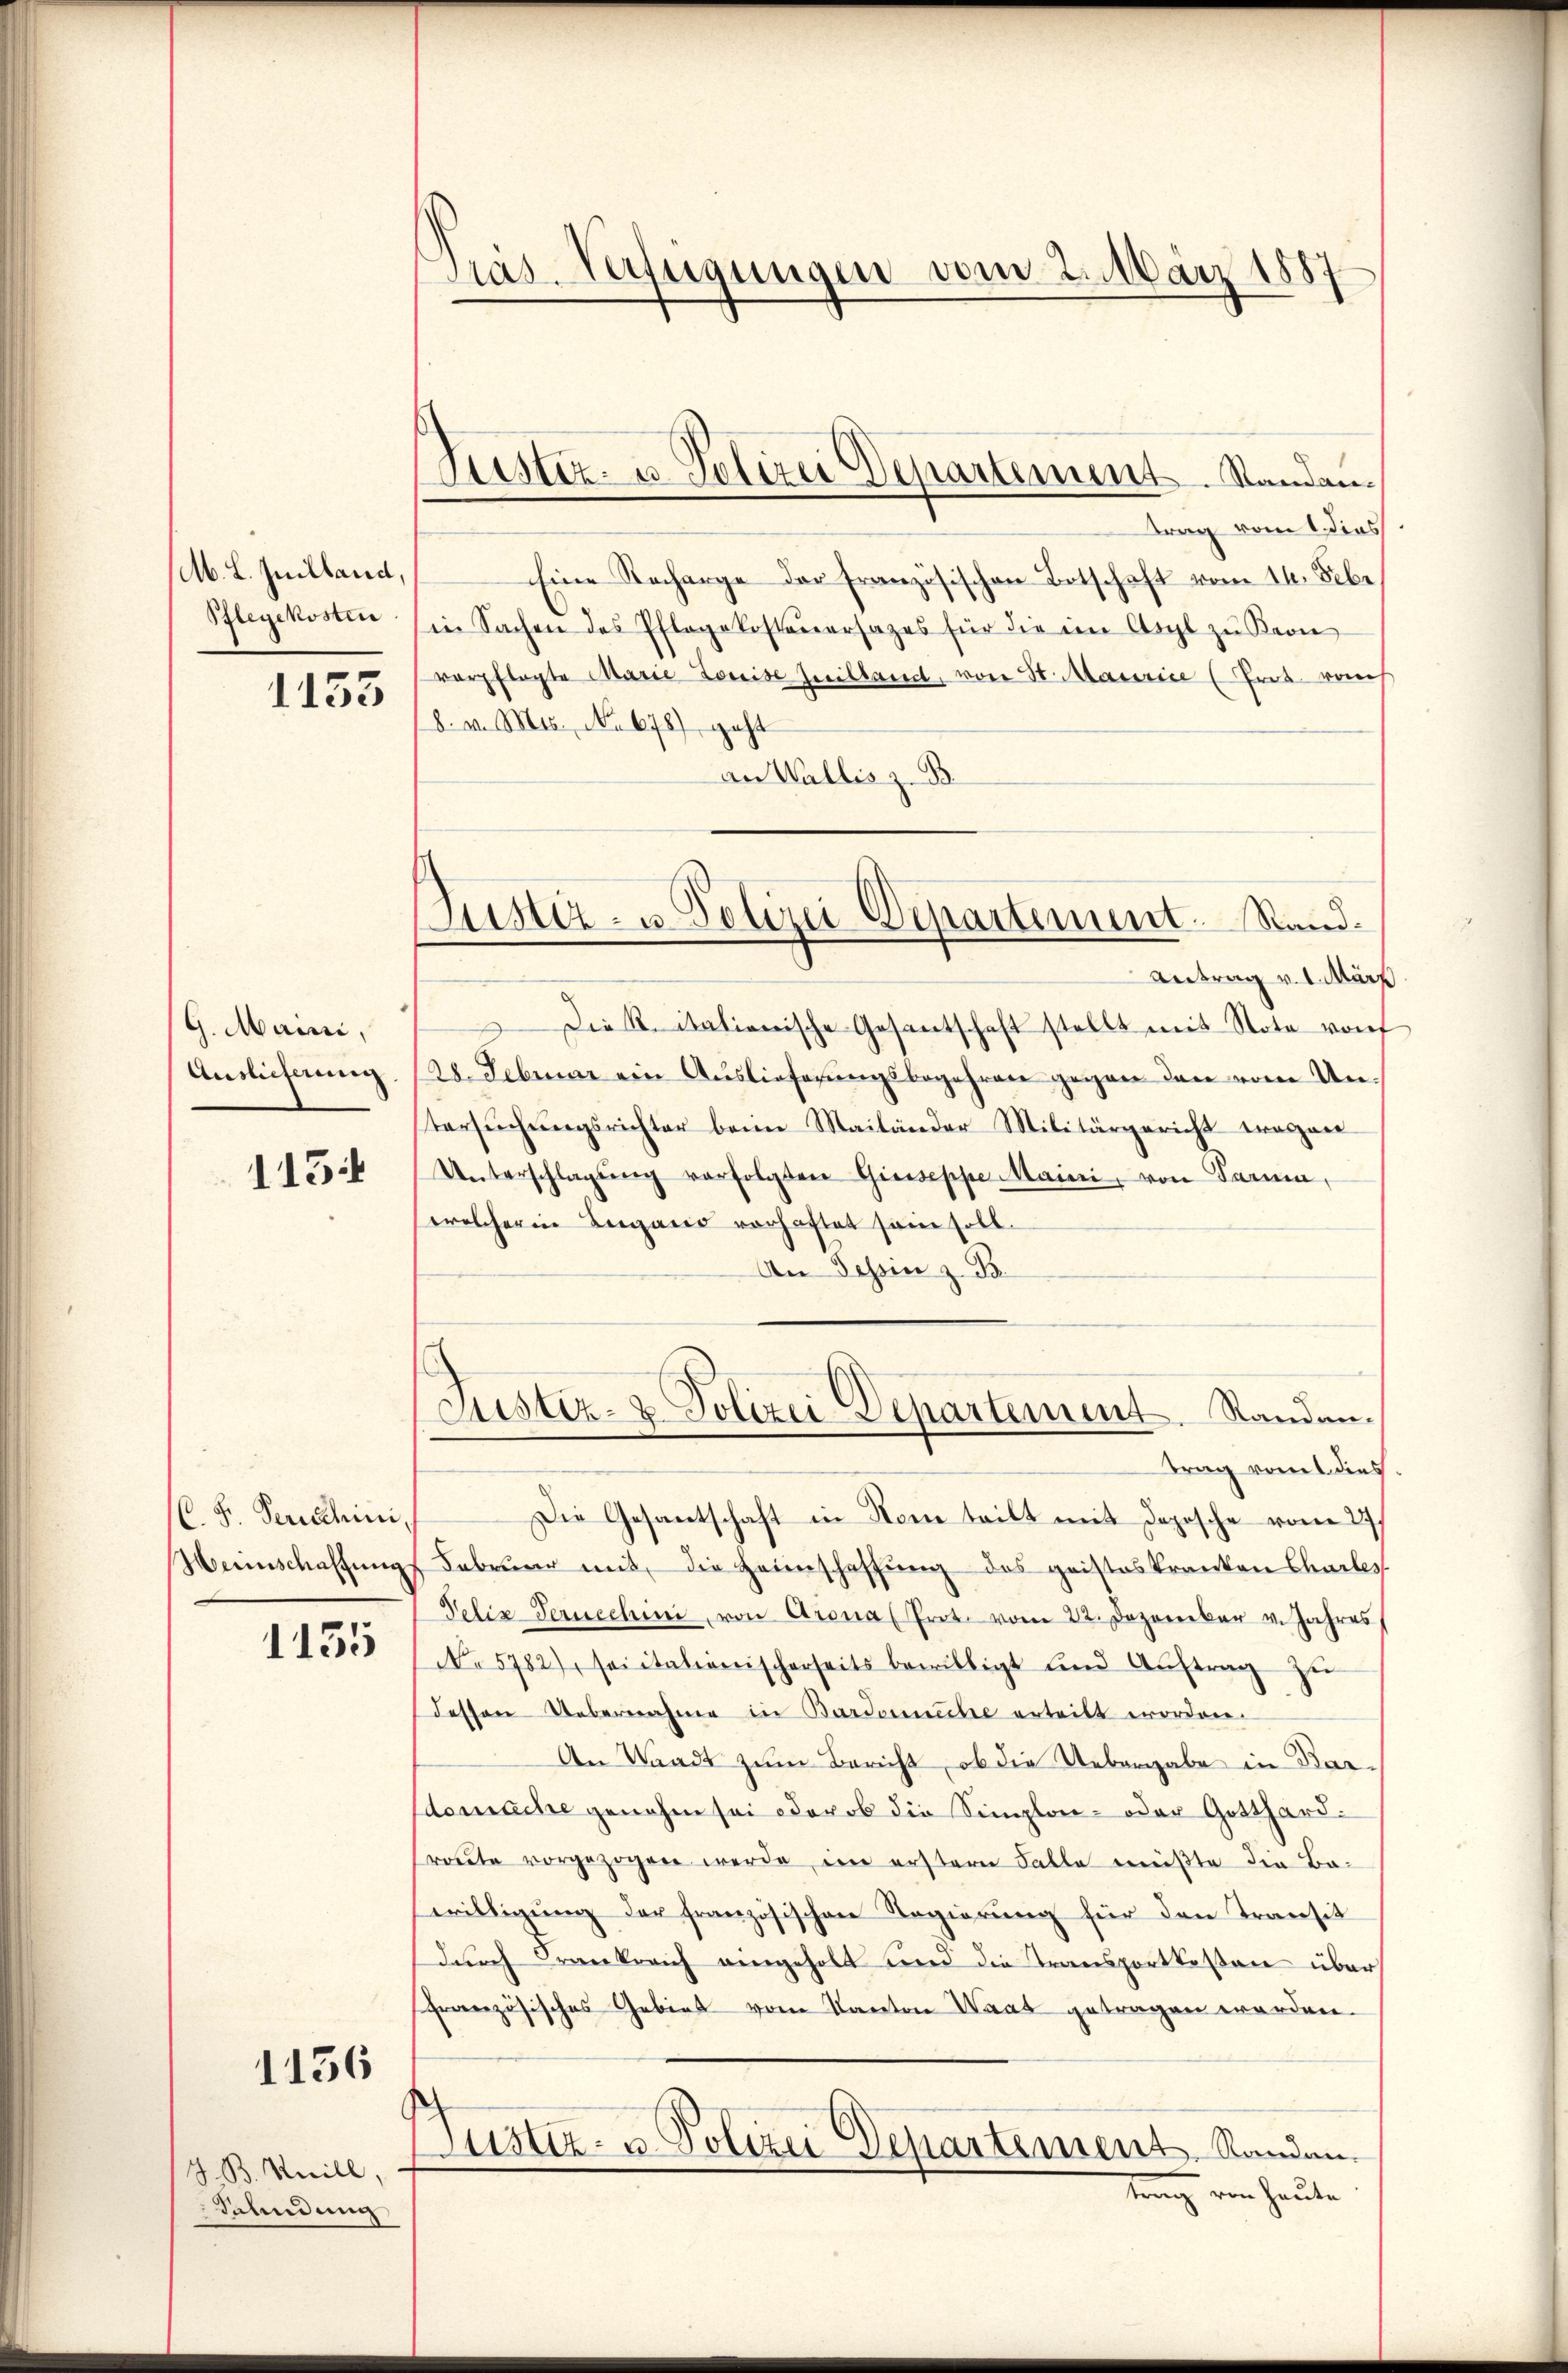
M. L. Juilland,
Pflegekosten

1153

G. Maini,
Auslieferung

113

C. F. Verschini,
Weinschaffung

1135

1156

J. B. Meill,
Sahndung

Präs. Verfügungen vom 2. März 1887

Justiz- u. Polizei Departement. Standan¬

Justiz- u. Polizei-Departement. Stand.

trag vom 1. dies
Eine Recharge der französischen Botschaft vom 14. Febr
in Sachen des Pflegekosteuersages für die im Asyl zŭ ern
verpflegte Marie Louise Guilland, von St. Maurice (Prot. vom
8. v. Mts. No 678) geht
an Wallis z. B.
Antrag v. 1. März
Die R. itationische Gesantschaft stellt mit Note von
128. Februar ein Auslieferungsbegehren gegen den vom Untersŭchŭngsrichter beim Mailänder Militärgericht trosae
Unterschlagung verfolgten Giuseppe Maini, von Parmen,
welcherin Berganis vorhaftet sein soll.
An Tessin z. B.
Justiz- & Polizei Departement. Randantrag vom 1 dies.
Die Gesantschaft in Name teilt mit Depesche vom 27.
Februar mit die Heimschaffung des geisteskranken Charles
Felix Ternechini, von Grona (Prot. vom 22. Dezember v. Jahres
No 5782), sei italienischerseits bewilligt und Aŭftrag zŭ
dessen Uebernahme in Bardonnche erteilt worden.
An Waadt zum Bericht, ob die Uebergabe in Bardomache genahm sei oder ob die Simplon- oder Gotthardroute vorgezogen werde, im erstern Falle müßte die Bawilligŭng der französischen Regierung für den Transit
durch Frankreich eingeholt und die Transportkosten über
französisches Gebiet vom Kanton Waat getragen worden.
Justiz- u. Polizei Departement. Standen.
trang von heute